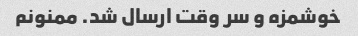
خوشمزه و سر وقت ارسال شد. ممنونم